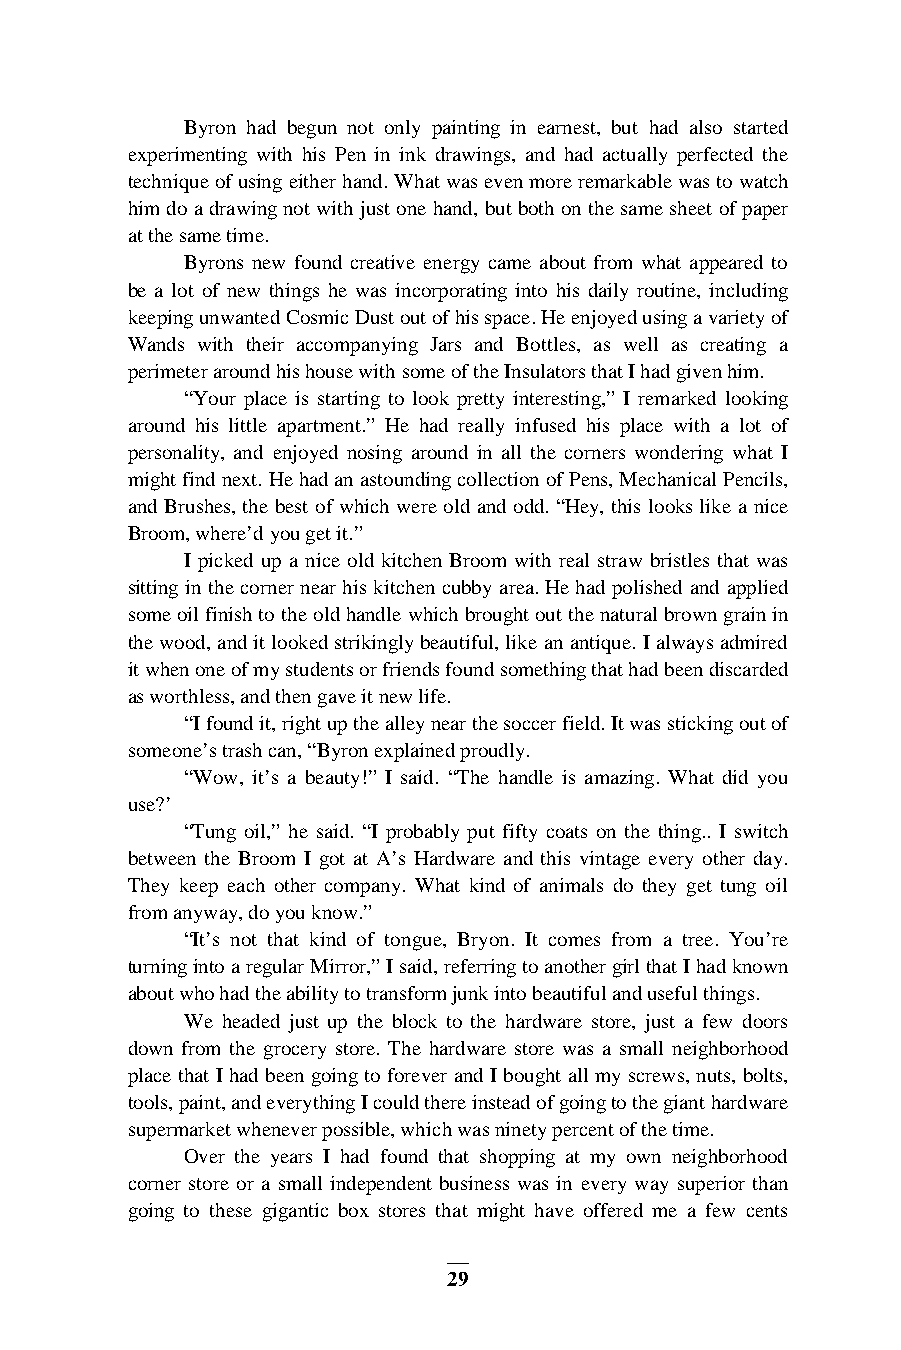
Byron had begun not only painting in earnest, but had also started
 experimenting with his Pen in ink drawings, and had actually perfected the
 technique of using either hand. What was even more remarkable was to watch
 him do a drawing not with just one hand, but both on the same sheet of paper
 at the same time.
 Byrons new found creative energy came about from what appeared to
 be a lot of new things he was incorporating into his daily routine, including
 keeping unwanted Cosmic Dust out of his space. He enjoyed using a variety of
 Wands with their accompanying Jars and Bottles, as well as creating a
 perimeter around his house with some of the Insulators that I had given him.
 “Your place is starting to look pretty interesting,” I remarked looking
 around his little apartment.” He had really infused his place with a lot of
 personality, and enjoyed nosing around in all the corners wondering what I
 might find next. He had an astounding collection of Pens, Mechanical Pencils,
 and Brushes, the best of which were old and odd. “Hey, this looks like a nice
 Broom, where’d you get it.”
 I picked up a nice old kitchen Broom with real straw bristles that was
 sitting in the corner near his kitchen cubby area. He had polished and applied
 some oil finish to the old handle which brought out the natural brown grain in
 the wood, and it looked strikingly beautiful, like an antique. I always admired
 it when one of my students or friends found something that had been discarded
 as worthless, and then gave it new life.
 “I found it, right up the alley near the soccer field. It was sticking out of
 someone’s trash can, “Byron explained proudly.
 “Wow, it’s a beauty!” I said. “The handle is amazing. What did you
 use?’
 “Tung oil,” he said. “I probably put fifty coats on the thing.. I switch
 between the Broom I got at A’s Hardware and this vintage every other day.
 They keep each other company. What kind of animals do they get tung oil
 from anyway, do you know.”
 “It’s not that kind of tongue, Bryon. It comes from a tree. You’re
 turning into a regular Mirror,” I said, referring to another girl that I had known
 about who had the ability to transform junk into beautiful and useful things.
 We headed just up the block to the hardware store, just a few doors
 down from the grocery store. The hardware store was a small neighborhood
 place that I had been going to forever and I bought all my screws, nuts, bolts,
 tools, paint, and everything I could there instead of going to the giant hardware
 supermarket whenever possible, which was ninety percent of the time.
 Over the years I had found that shopping at my own neighborhood
 corner store or a small independent business was in every way superior than
 going to these gigantic box stores that might have offered me a few cents
 29